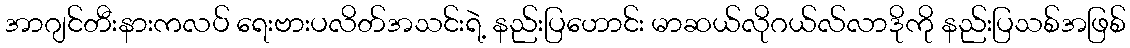
အာဂျင်တီးနားကလပ် ရေးဗားပလိတ်အသင်းရဲ့ နည်းပြဟောင်း မာဆယ်လိုဂယ်လ်လာဒိုကို နည်းပြသစ်အဖြစ်